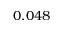
0 . 0 4 8